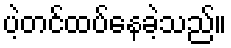
ပဲ့တင်ထပ်နေခဲ့သည်။